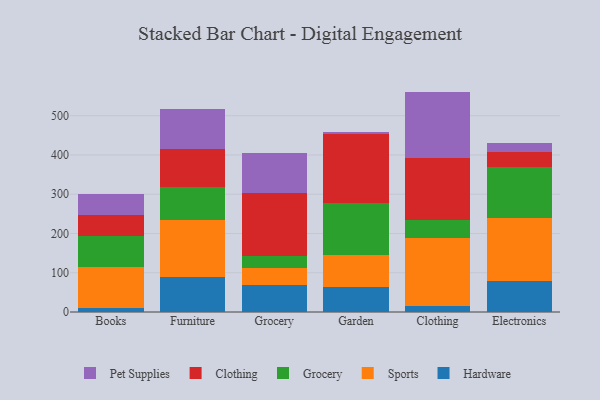
{"axis": {"x": "Category", "y": "Temperature (°C)"}, "legend": ["Clothing", "Grocery", "Hardware", "Pet Supplies", "Sports"], "data": [{"x": "Books", "y": 9.7, "type": "Hardware"}, {"x": "Books", "y": 104.8, "type": "Sports"}, {"x": "Books", "y": 80.0, "type": "Grocery"}, {"x": "Books", "y": 53.3, "type": "Clothing"}, {"x": "Books", "y": 53.4, "type": "Pet Supplies"}, {"x": "Furniture", "y": 90.3, "type": "Hardware"}, {"x": "Furniture", "y": 144.7, "type": "Sports"}, {"x": "Furniture", "y": 83.6, "type": "Grocery"}, {"x": "Furniture", "y": 97.2, "type": "Clothing"}, {"x": "Furniture", "y": 100.6, "type": "Pet Supplies"}, {"x": "Grocery", "y": 67.9, "type": "Hardware"}, {"x": "Grocery", "y": 45.0, "type": "Sports"}, {"x": "Grocery", "y": 29.9, "type": "Grocery"}, {"x": "Grocery", "y": 160.9, "type": "Clothing"}, {"x": "Grocery", "y": 102.1, "type": "Pet Supplies"}, {"x": "Garden", "y": 63.8, "type": "Hardware"}, {"x": "Garden", "y": 81.7, "type": "Sports"}, {"x": "Garden", "y": 131.8, "type": "Grocery"}, {"x": "Garden", "y": 174.9, "type": "Clothing"}, {"x": "Garden", "y": 6.9, "type": "Pet Supplies"}, {"x": "Clothing", "y": 15.5, "type": "Hardware"}, {"x": "Clothing", "y": 171.8, "type": "Sports"}, {"x": "Clothing", "y": 46.4, "type": "Grocery"}, {"x": "Clothing", "y": 158.3, "type": "Clothing"}, {"x": "Clothing", "y": 169.4, "type": "Pet Supplies"}, {"x": "Electronics", "y": 78.7, "type": "Hardware"}, {"x": "Electronics", "y": 161.7, "type": "Sports"}, {"x": "Electronics", "y": 128.0, "type": "Grocery"}, {"x": "Electronics", "y": 39.3, "type": "Clothing"}, {"x": "Electronics", "y": 22.3, "type": "Pet Supplies"}]}